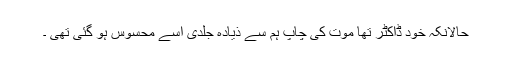
حالانکہ خود ڈاکٹر تھا موت کی چاپ ہم سے ذیادہ جلدی اسے محسوس ہو گئی تھی ۔